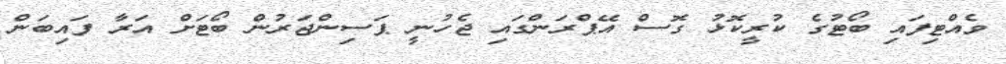
ވެއްޓިފައި ބޯޓުގެ ކުރީކޮޅު ގޮސް އޭޕްރަންގައި ޖެހުނީ ޕަސިންޖަރުން ބޯޓަށް އަރާ ފައިބަން